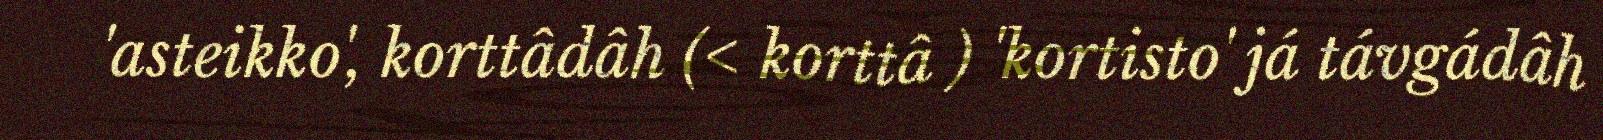
'asteikko', korttâdâh (< korttâ ) 'kortisto' já távgádâh